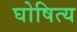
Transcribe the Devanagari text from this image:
घोषित्य